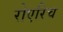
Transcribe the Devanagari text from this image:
रोएरिच